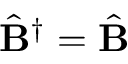
\hat { \bf B } ^ { \dagger } = \hat { \bf B }